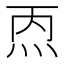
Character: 𰞁